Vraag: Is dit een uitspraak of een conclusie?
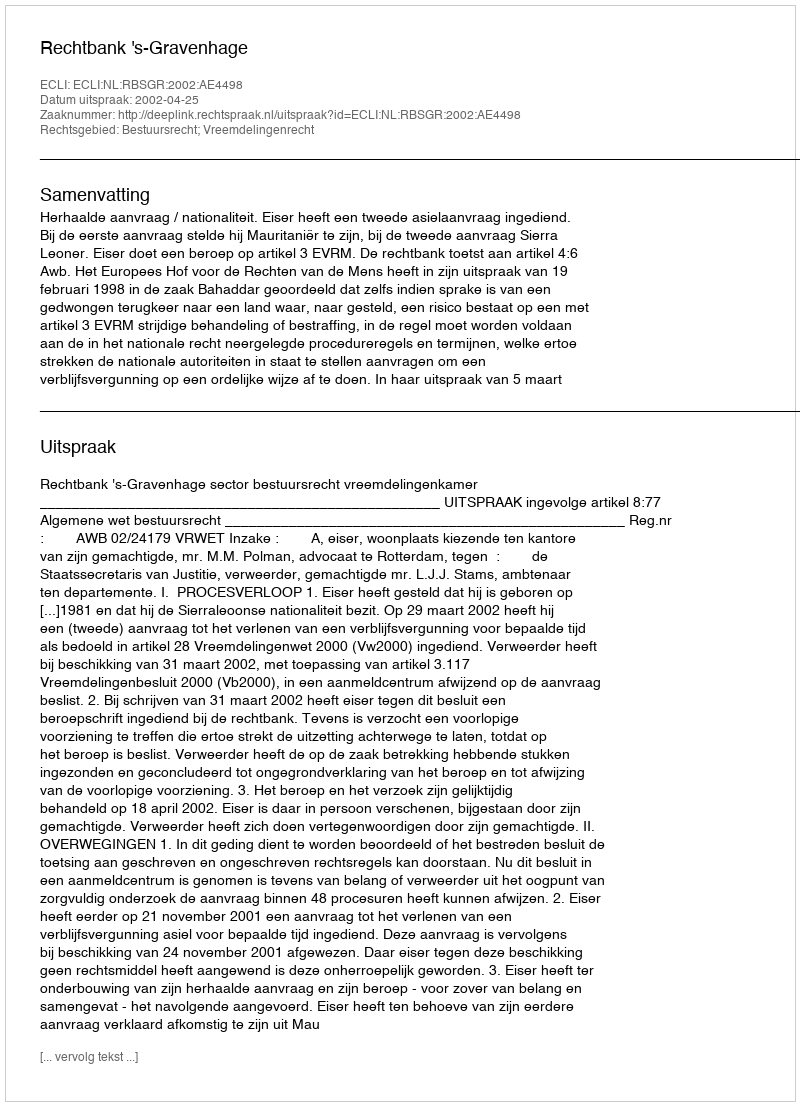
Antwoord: Uitspraak